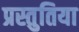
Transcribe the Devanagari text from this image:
प्रस्तुतिया